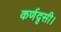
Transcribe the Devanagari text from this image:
कर्णदृसी।